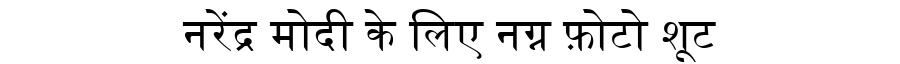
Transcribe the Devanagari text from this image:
नरेंद्र मोदी के लिए नग्न फ़ोटो शूट